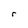
Character: r